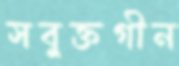
সবুক্তগীন